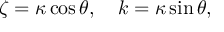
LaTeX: \zeta = \kappa \cos \theta , \quad k = \kappa \sin \theta ,